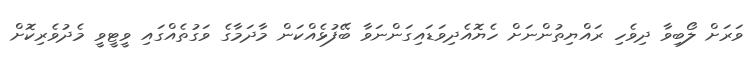
ވަރަށް ލޯބިވާ ދިވެހި ރައްޔިތުންނަށް ހެޔޮއެދިވަޑައިގަންނަވާ ބޭފުޅެއްކަން މާދަމާގެ ވަގުތެއްގައި ވީޓީވީ މެދުވެރިކޮށް